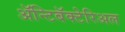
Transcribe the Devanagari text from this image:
ॲन्टिबॅक्‍टेरिअल